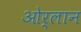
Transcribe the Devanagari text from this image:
ओर्लान